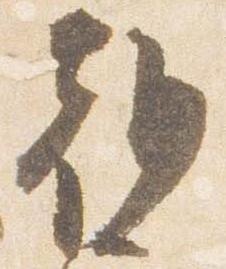
朝